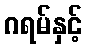
ဂရမ်နှင့်